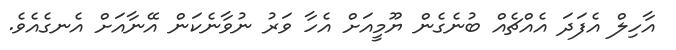
އާހިލް އެފަދަ އެއްޗެއް ބުނެގެން ޔޫމީއަށް އެހާ ވަރު ނުވާނެކަން އޭނާއަށް އެނގެއެވެ.